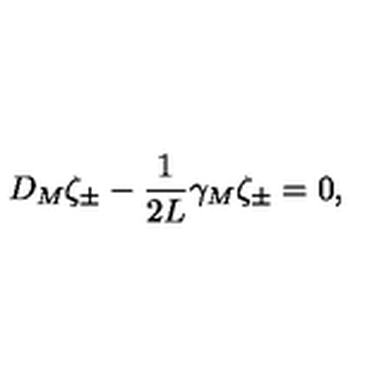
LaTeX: { D _ { M } \zeta _ { \pm } - { \frac { 1 } { 2 L } } \gamma _ { M } \zeta _ { \pm } = 0 , }